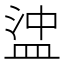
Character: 𥁵